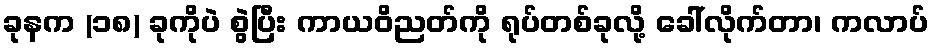
ခုနက (၁၈) ခုကိုပဲ စွဲပြီး ကာယဝိညတ်ကို ရုပ်တစ်ခုလို့ ခေါ်လိုက်တာ၊ ကလာပ်